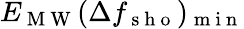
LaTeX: E_{\mathrm{~M~W~}}{(}\Delta f_{\mathrm{~s~h~o~}}{)}_{\mathrm{~m~i~n~}}